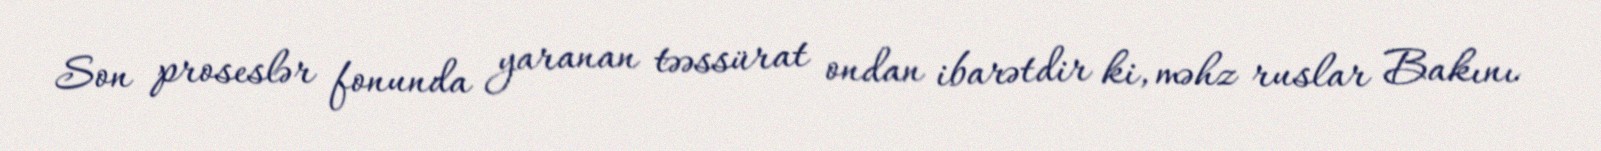
Son proseslər fonunda yaranan təəssürat ondan ibarətdir ki, məhz ruslar Bakını